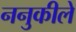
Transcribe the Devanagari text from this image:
ननुकीले